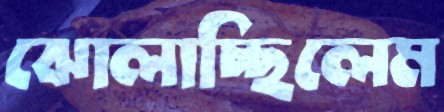
ঝোলাচ্ছিলেম